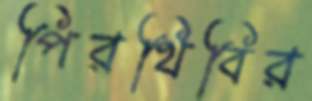
পিরথিবির